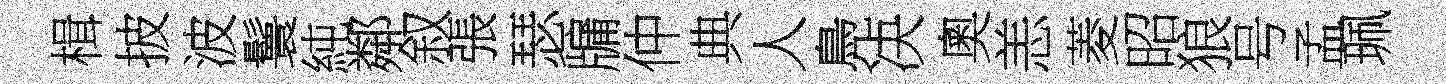
楫披波鬟純鄰叙張瑟牖仲典人鳧决奧恙菱昭狼号孟珮